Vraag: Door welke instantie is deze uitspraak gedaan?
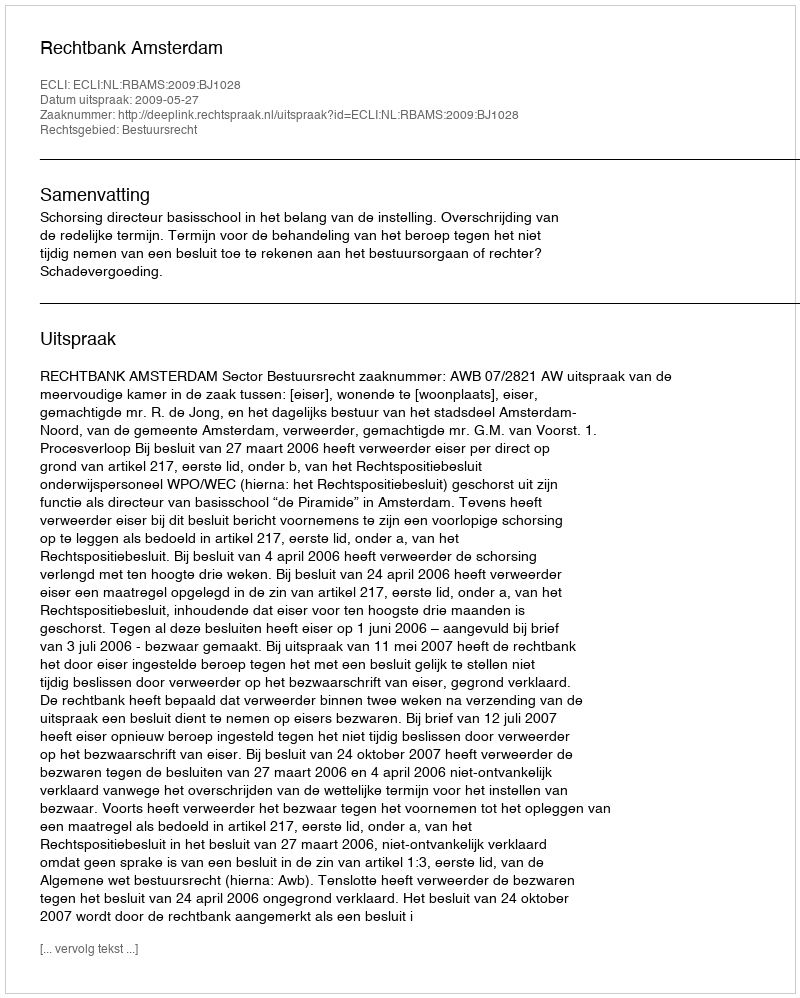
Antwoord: Rechtbank Amsterdam